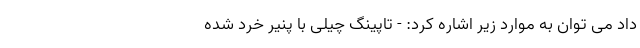
داد می توان به موارد زیر اشاره کرد: - تاپینگ چیلی با پنیر خرد شده